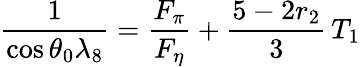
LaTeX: {\frac{1}{\cos\theta_{0}\lambda_{8}}}={\frac{F_{\pi}}{F_{\eta}}}+{\frac{5-2r_{2}}{3}}\, T_{1}